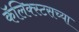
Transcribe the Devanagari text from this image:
कॅलिक्स्टसच्या